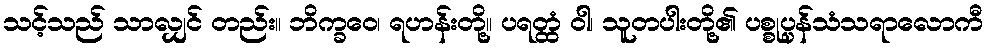
သင့်သည် သာလျှင် တည်း။ ဘိက္ခဝေ၊ ရဟန်းတို့။ ပရတ္ထံ ဝါ၊ သူတပါးတို့၏ ပစ္စုပ္ပန်သံသရာလောကီ